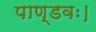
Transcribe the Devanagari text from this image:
पाण्डवः।